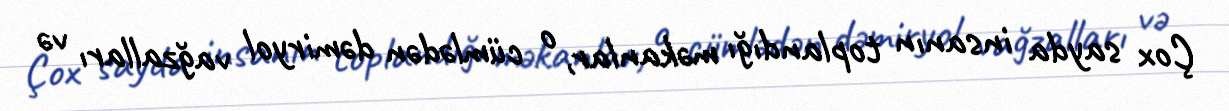
Çox sayda insanın toplandığı məkanlar, o cümlədən dəmiryol vağzalları və